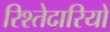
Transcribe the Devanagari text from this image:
रिश्तेदारियों